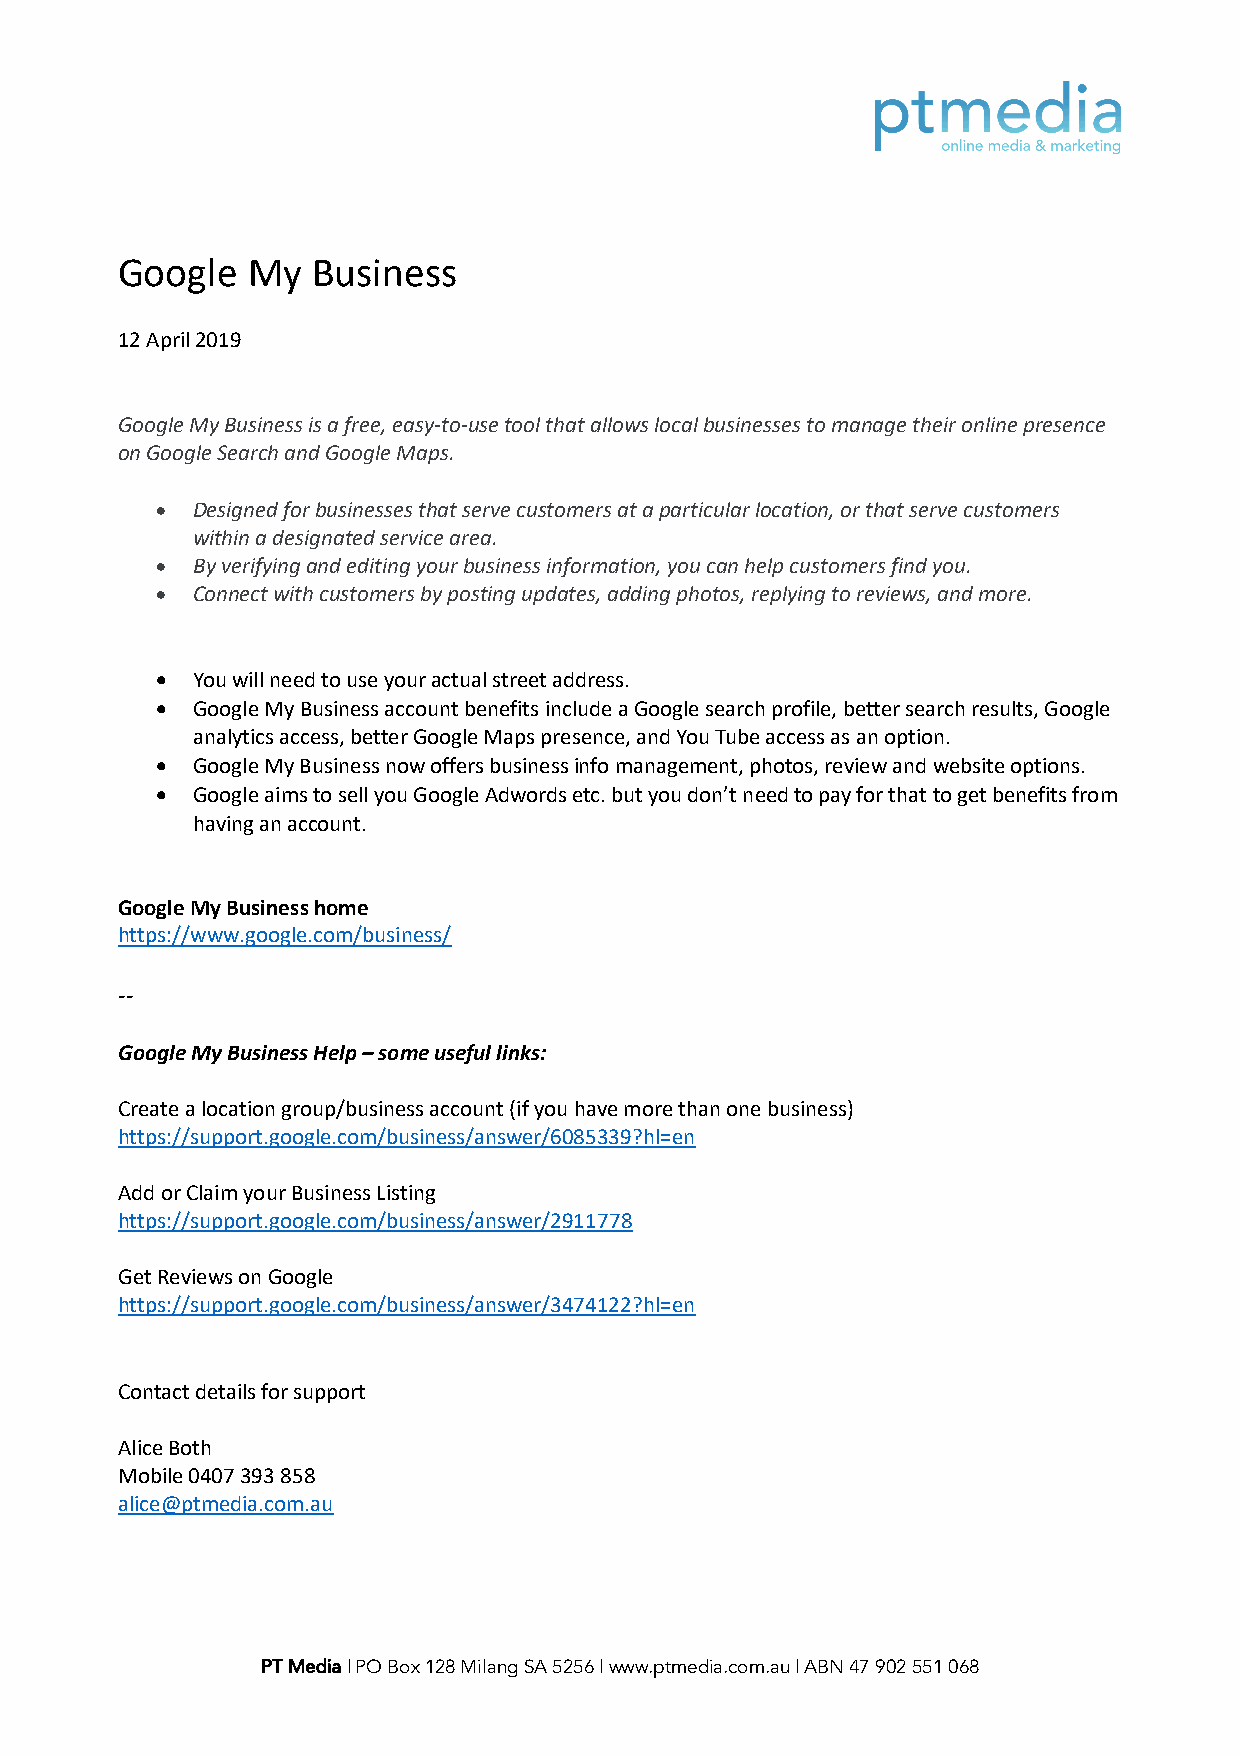
Google  My   Business
 12 April 2019
 Google My Business is a free, easy-to-use tool that allows local businesses to manage their online presence
 on Google Search and Google Maps.
 •  Designed for businesses that serve customers at a particular location, or that serve customers
 within a designated service area.
 •  By verifying and editing your business information, you can help customers find you.
 •  Connect with customers by posting updates, adding photos, replying to reviews, and more.
 •  You will need to use your actual street address.
 •  Google My Business account benefits include a Google search profile, better search results, Google
 analytics access, better Google Maps presence, and You Tube access as an option.
 •  Google My Business now offers business info management, photos, review and website options.
 •  Google aims to sell you Google Adwords etc. but you don’t need to pay for that to get benefits from
 having an account.
 Google My Business home
 https://www.google.com/business/
 --
 Google My Business Help – some useful links:
 Create a location group/business account (if you have more than one business)
 https://support.google.com/business/answer/6085339?hl=en
 Add or Claim your Business Listing
 https://support.google.com/business/answer/2911778
 Get Reviews on Google
 https://support.google.com/business/answer/3474122?hl=en
 Contact details for support
 Alice Both
 Mobile 0407 393 858
 alice@ptmedia.com.au
 PT Media | PO Box 128 Milang SA 5256 | www.ptmedia.com.au | ABN 47 902 551 068